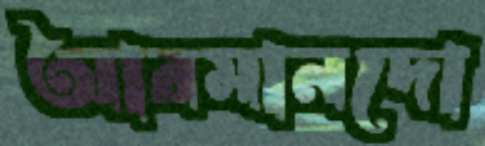
আরমানদো